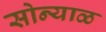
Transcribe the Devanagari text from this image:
सोन्याळ